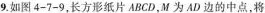
9.如图4-7-9，长方形纸片ABCD，M为AD边的中点，将